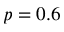
p = 0 . 6